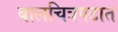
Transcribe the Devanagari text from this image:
बालचित्रपटात